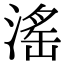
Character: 滛